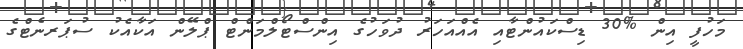
މަހުފީ އިން %30 ޑިސްކައުންޓާއި އެއްއަހަރު ދުވަހުގެ އިންސްޓޯލްމަންޓް ޕްލޭން އަކާއެކު ސުޕަރނެޓްގެ